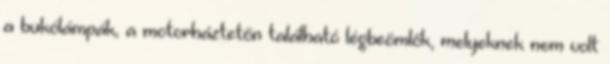
a bukólámpák, a motorháztetőn található légbeömlők, melyeknek nem volt